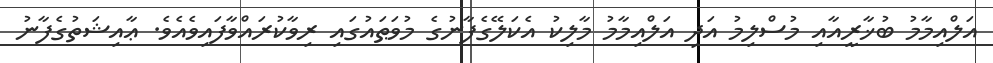
އަލްއިމާމު ބުޚާރީއާއި މުސްލިމު އަދި އަލްއިމާމު މާލިކު އެކަލޭގެފާނުގެ މުވަޠައުގައި ރިވާކުރައްވާފައިވެއެވެ. ޢާއިޝަތުގެފާނު